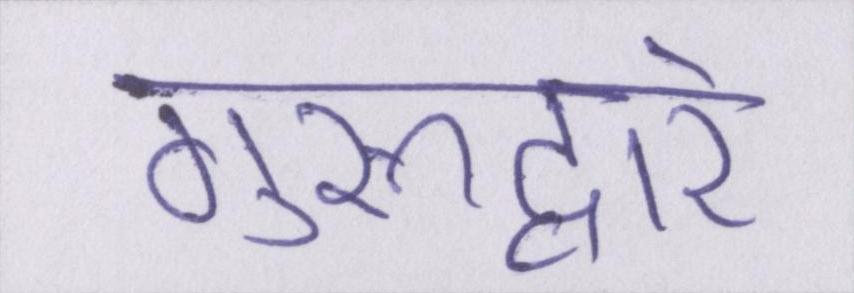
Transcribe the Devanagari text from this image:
गुरूद्वारे